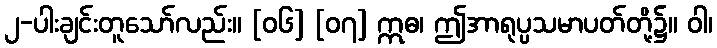
၂-ပါးချင်းတူသော်လည်း။ [၀၆] [၀၇] ဣဓ၊ ဤအာရုပ္ပသမာပတ်တို့၌။ ဝါ၊